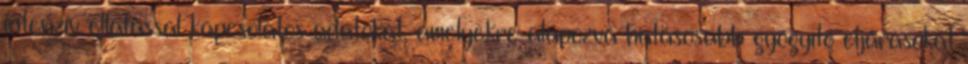
intenzív ellátással kapcsolatos adatokat, amelyekre alapozva hatásosabb gyógyító eljárásokat